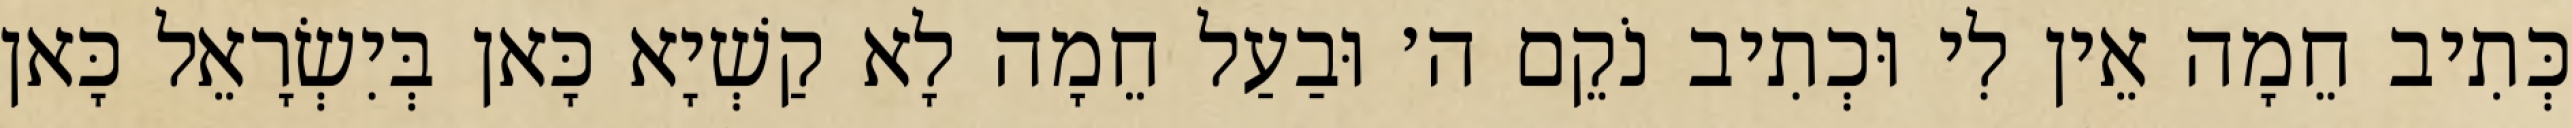
כְּתִיב חֵמָה אֵין לִי וּכְתִיב נֹקֵם ה׳ וּבַעַל חֵמָה לָא קַשְׁיָא כָּאן בְּיִשְׂרָאֵל כָּאן